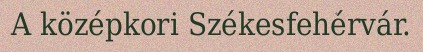
A középkori Székesfehérvár.